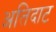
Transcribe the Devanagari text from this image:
अतिदाट